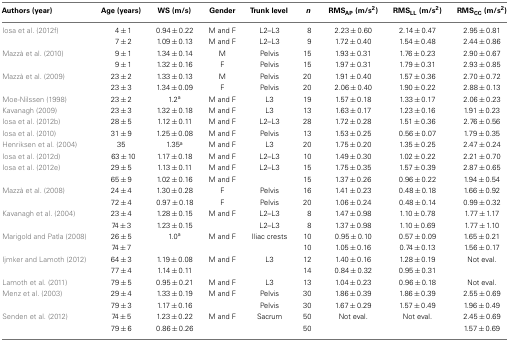
<table><thead><tr><td><b>Authors (year)</b></td><td><b>Age (years)</b></td><td><b>WS (m/s)</b></td><td><b>Gender</b></td><td><b>Trunk level</b></td><td><b><i>n</i></b></td><td><b>RMS<sub>AP</sub> (m/s<sup>2</sup>)</b></td><td><b>RMS<sub>LL</sub> (m/s<sup>2</sup>)</b></td><td><b>RMS<sub>CC</sub> (m/s<sup>2</sup>)</b></td></tr></thead><tbody><tr><td>Iosa et al. (2012f)</td><td>4 ± 1</td><td>0.94 ± 0.22</td><td>M and F</td><td>L2–L3</td><td>8</td><td>2.23 ± 0.60</td><td>2.14 ± 0.47</td><td>2.95 ± 0.81</td></tr><tr><td></td><td>7 ± 2</td><td>1.09 ± 0.13</td><td>M and F</td><td>L2–L3</td><td>9</td><td>1.72 ± 0.40</td><td>1.54 ± 0.48</td><td>2.44 ± 0.86</td></tr><tr><td>Mazzà et al. (2010)</td><td>9 ± 1</td><td>1.34 ± 0.14</td><td>M</td><td>Pelvis</td><td>15</td><td>1.93 ± 0.31</td><td>1.76 ± 0.23</td><td>2.90 ± 0.67</td></tr><tr><td></td><td>9 ± 1</td><td>1.32 ± 0.16</td><td>F</td><td>Pelvis</td><td>15</td><td>1.97 ± 0.31</td><td>1.79 ± 0.31</td><td>2.93 ± 0.85</td></tr><tr><td>Mazzà et al. (2009)</td><td>23 ± 2</td><td>1.33 ± 0.13</td><td>M</td><td>Pelvis</td><td>20</td><td>1.91 ± 0.40</td><td>1.57 ± 0.36</td><td>2.70 ± 0.72</td></tr><tr><td></td><td>23 ± 3</td><td>1.34 ± 0.09</td><td>F</td><td>Pelvis</td><td>20</td><td>2.06 ± 0.40</td><td>1.90 ± 0.22</td><td>2.88 ± 0.13</td></tr><tr><td>Moe-Nilssen (1998)</td><td>23 ± 2</td><td>1.2<sup>a</sup></td><td>M and F</td><td>L3</td><td>19</td><td>1.57 ± 0.18</td><td>1.33 ± 0.17</td><td>2.06 ± 0.23</td></tr><tr><td>Kavanagh (2009)</td><td>23 ± 3</td><td>1.32 ± 0.18</td><td>M and F</td><td>L3</td><td>13</td><td>1.63 ± 0.17</td><td>1.23 ± 0.16</td><td>1.91 ± 0.23</td></tr><tr><td>Iosa et al. (2012b)</td><td>28 ± 5</td><td>1.12 ± 0.11</td><td>M and F</td><td>L2–L3</td><td>28</td><td>1.72 ± 0.28</td><td>1.51 ± 0.36</td><td>2.76 ± 0.56</td></tr><tr><td>Iosa et al. (2010)</td><td>31 ± 9</td><td>1.25 ± 0.08</td><td>M and F</td><td>Pelvis</td><td>13</td><td>1.53 ± 0.25</td><td>0.56 ± 0.07</td><td>1.79 ± 0.35</td></tr><tr><td>Henriksen et al. (2004)</td><td>35</td><td>1.35<sup>a</sup></td><td>M and F</td><td>L3</td><td>20</td><td>1.75 ± 0.20</td><td>1.35 ± 0.25</td><td>2.47 ± 0.24</td></tr><tr><td>Iosa et al. (2012d)</td><td>63 ± 10</td><td>1.17 ± 0.18</td><td>M and F</td><td>L2–L3</td><td>10</td><td>1.49 ± 0.30</td><td>1.02 ± 0.22</td><td>2.21 ± 0.70</td></tr><tr><td>Iosa et al. (2012e)</td><td>29 ± 5</td><td>1.13 ± 0.11</td><td>M and F</td><td>L2–L3</td><td>15</td><td>1.75 ± 0.35</td><td>1.57 ± 0.39</td><td>2.87 ± 0.65</td></tr><tr><td></td><td>65 ± 9</td><td>1.02 ± 0.16</td><td>M and F</td><td></td><td>15</td><td>1.37 ± 0.26</td><td>0.96 ± 0.22</td><td>1.94 ± 0.54</td></tr><tr><td>Mazzà et al. (2008)</td><td>24 ± 4</td><td>1.30 ± 0.28</td><td>F</td><td>Pelvis</td><td>16</td><td>1.41 ± 0.23</td><td>0.48 ± 0.18</td><td>1.66 ± 0.92</td></tr><tr><td></td><td>72 ± 4</td><td>0.97 ± 0.18</td><td>F</td><td>Pelvis</td><td>20</td><td>1.06 ± 0.24</td><td>0.48 ± 0.14</td><td>0.99 ± 0.32</td></tr><tr><td>Kavanagh et al. (2004)</td><td>23 ± 4</td><td>1.28 ± 0.15</td><td>M and F</td><td>L2–L3</td><td>8</td><td>1.47 ± 0.98</td><td>1.10 ± 0.78</td><td>1.77 ± 1.17</td></tr><tr><td></td><td>74 ± 3</td><td>1.23 ± 0.15</td><td></td><td>L2–L3</td><td>8</td><td>1.37 ± 0.98</td><td>1.10 ± 0.69</td><td>1.77 ± 1.10</td></tr><tr><td>Marigold and Patla (2008)</td><td>26 ± 5</td><td>1.0<sup>a</sup></td><td>M and F</td><td>Iliac crests</td><td>10</td><td>0.95 ± 0.10</td><td>0.57 ± 0.09</td><td>1.65 ± 0.21</td></tr><tr><td></td><td>74 ± 7</td><td></td><td></td><td></td><td>10</td><td>1.05 ± 0.16</td><td>0.74 ± 0.13</td><td>1.56 ± 0.17</td></tr><tr><td>Ijmker and Lamoth (2012)</td><td>64 ± 3</td><td>1.19 ± 0.08</td><td>M and F</td><td>L3</td><td>12</td><td>1.40 ± 0.16</td><td>1.28 ± 0.19</td><td>Not eval.</td></tr><tr><td></td><td>77 ± 4</td><td>1.14 ± 0.11</td><td></td><td></td><td>14</td><td>0.84 ± 0.32</td><td>0.95 ± 0.31</td><td></td></tr><tr><td>Lamoth et al. (2011)</td><td>79 ± 5</td><td>0.95 ± 0.21</td><td>M and F</td><td>L3</td><td>13</td><td>1.04 ± 0.23</td><td>0.96 ± 0.18</td><td>Not eval.</td></tr><tr><td>Menz et al. (2003)</td><td>29 ± 4</td><td>1.33 ± 0.19</td><td>M and F</td><td>Pelvis</td><td>30</td><td>1.86 ± 0.39</td><td>1.86 ± 0.39</td><td>2.55 ± 0.69</td></tr><tr><td></td><td>79 ± 3</td><td>1.17 ± 0.16</td><td></td><td>Pelvis</td><td>30</td><td>1.67 ± 0.29</td><td>1.57 ± 0.49</td><td>1.96 ± 0.49</td></tr><tr><td>Senden et al. (2012)</td><td>74 ± 5</td><td>1.23 ± 0.22</td><td>M and F</td><td>Sacrum</td><td>50</td><td>Not eval.</td><td>Not eval.</td><td>2.45 ± 0.69</td></tr><tr><td></td><td>79 ± 6</td><td>0.86 ± 0.26</td><td></td><td></td><td>50</td><td></td><td></td><td>1.57 ± 0.69</td></tr></tbody></table>